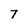
Character: 7